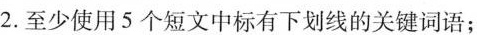
2.至少使用 5 个短文中标有下划线的关键词语;